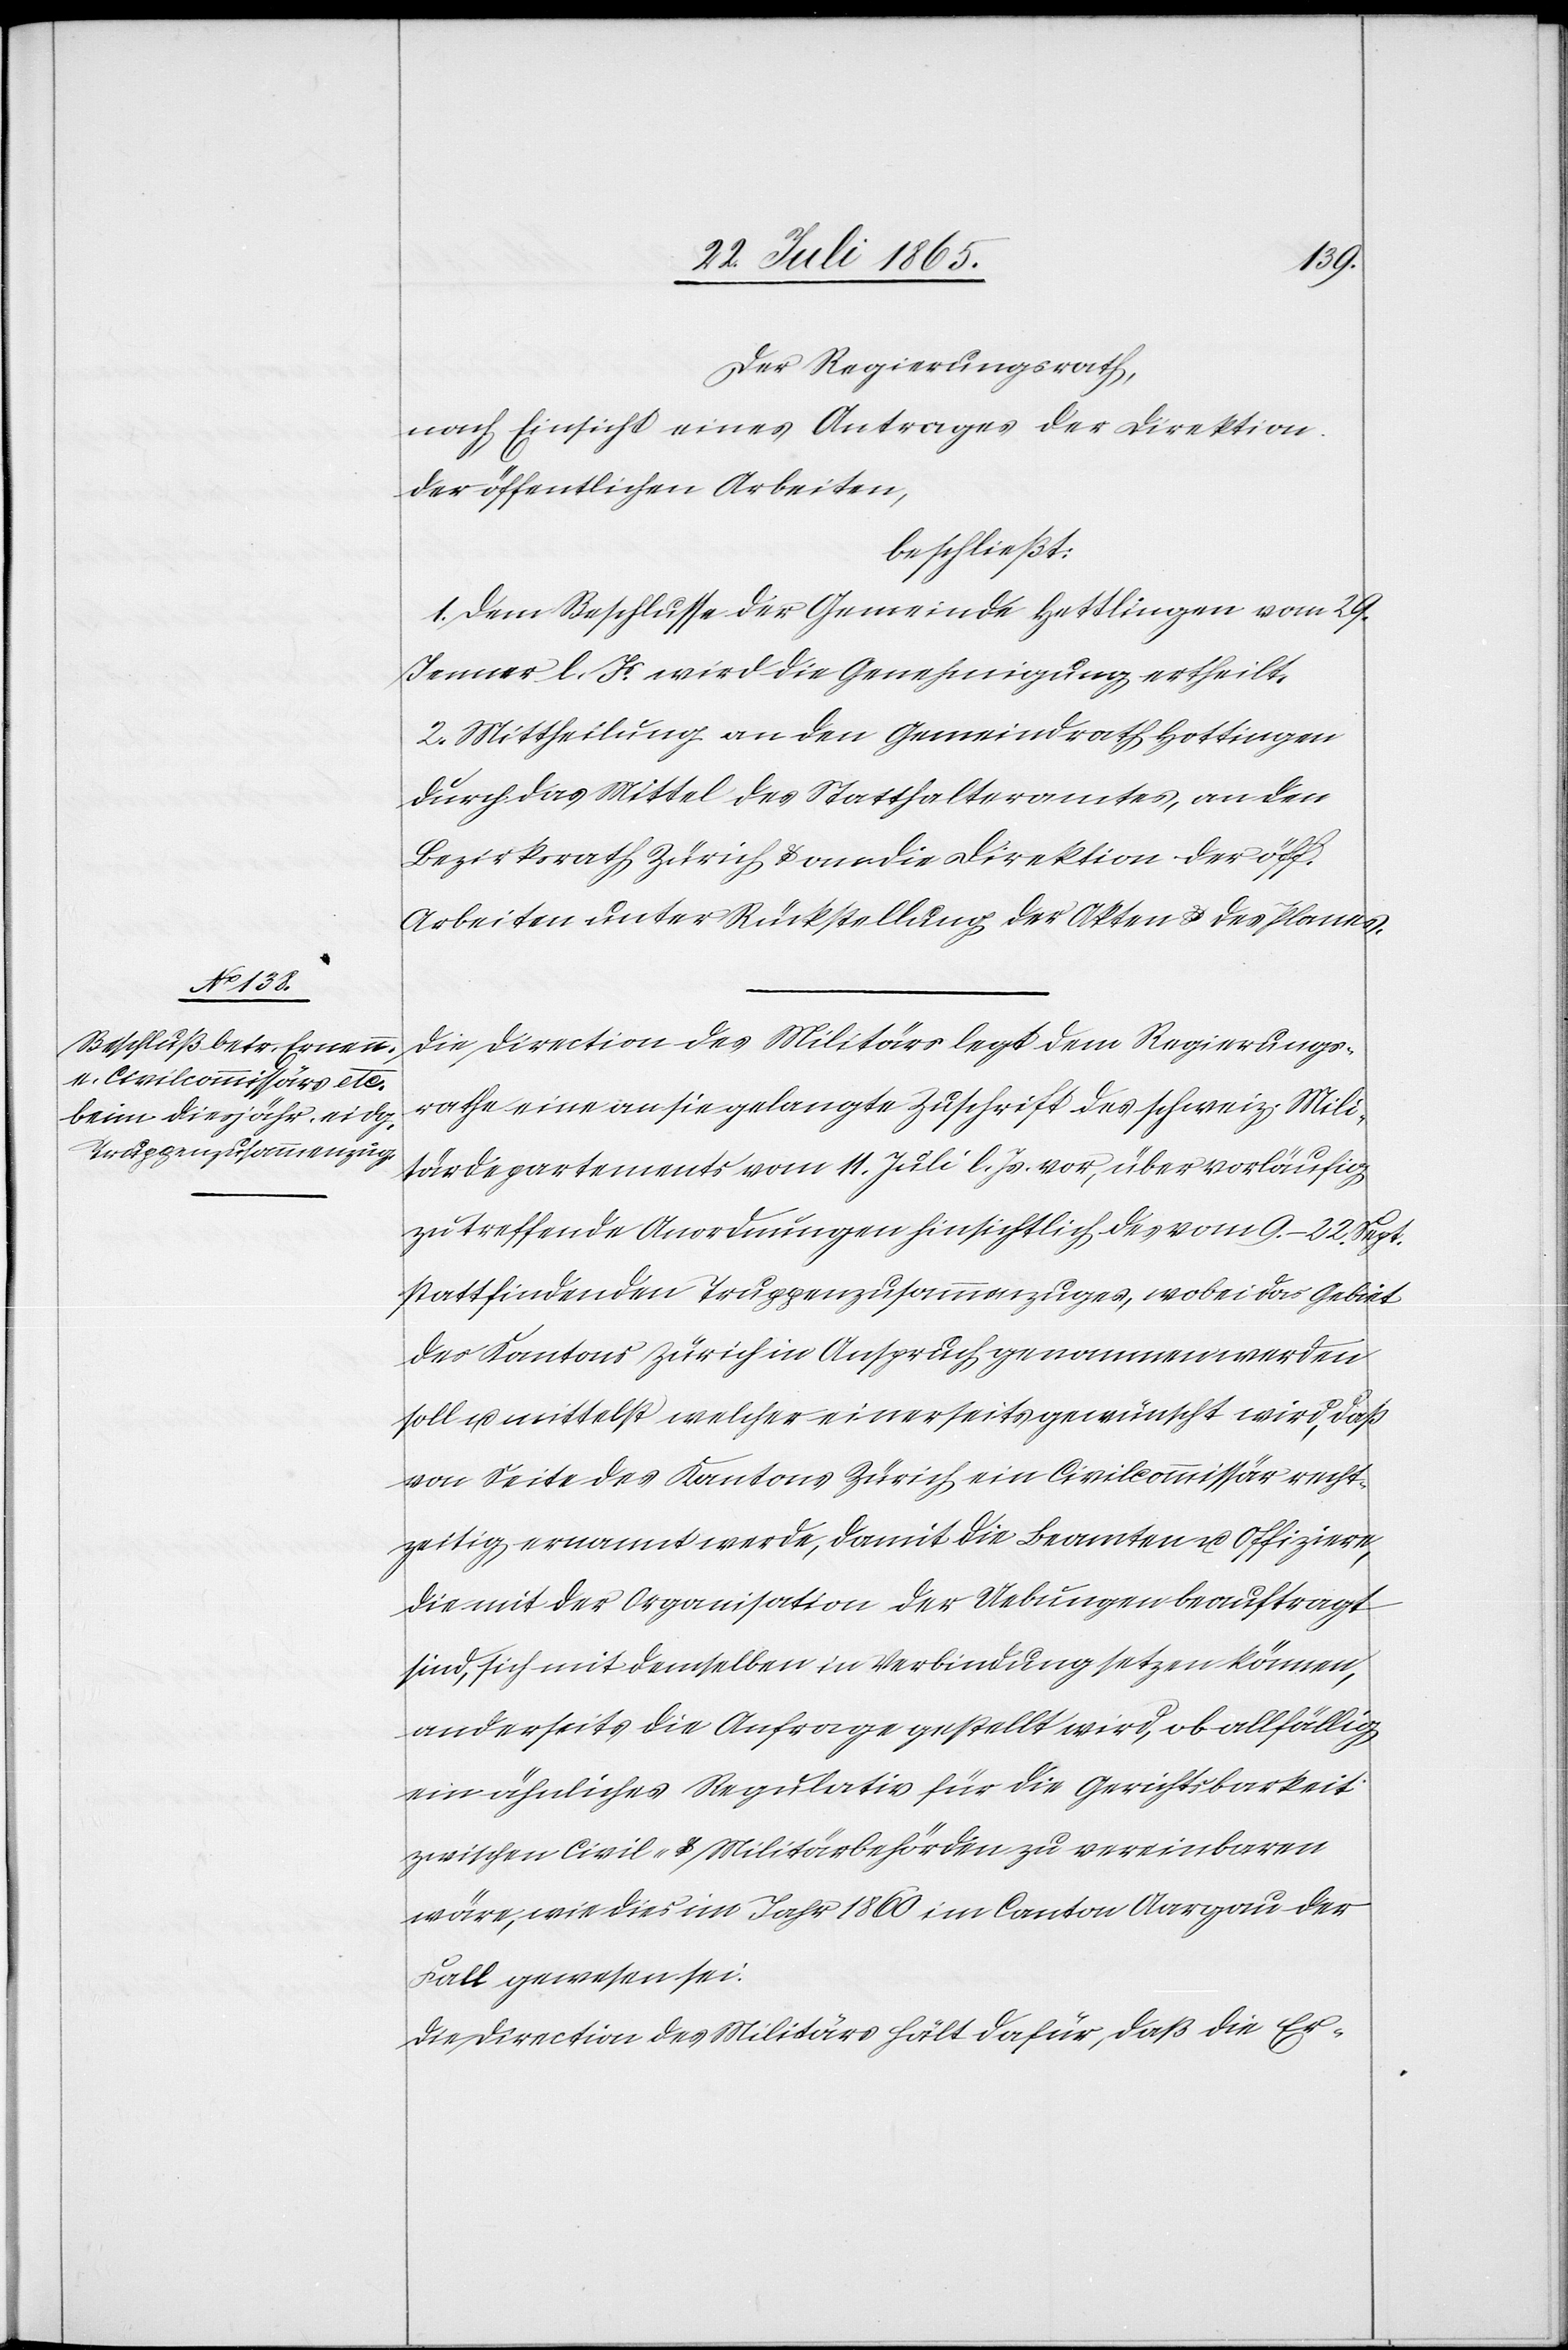
Der Regierungsrath,
nach Einsicht eines Antrages der Direktion
der öffentlichen Arbeiten,
beschließt:
1. Dem Beschlusse der Gemeinde Hettlingen [sic!] vom 29.
Jenner l. Js. wird die Genehmigung ertheilt.
2. Mittheilung an den Gemeindrath Hottingen
durch das Mittel des Statthalteramtes, an den
Bezirksrath Zürich u. an die Direktion der öff.
Arbeiten unter Rückstellung der Akten u. des Planes.
Die Direction des Militärs legt dem Regierungs¬
rathe eine an sie gelangte Zuschrift des schweiz. Mili¬
tärdepartements vom 11. Juli l. Js. vor, über vorläufig
zu treffende Anordnungen hinsichtlich des vom 9.–22. Sept.
stattfindenden Truppenzusammenzuges, wobei das Gebiet
des Kantons Zürich in Anspruch genommen werden
soll u. mittelst welcher einerseits gewünscht wird, daß
von Seite des Kantons Zürich ein Civilcommissär recht¬
zeitig ernannt werde, damit die Beamten u. Offiziere,
die mit der Organisation der Uebungen beauftragt
sind, sich mit demselben in Verbindung setzen können,
anderseits die Anfrage gestellt wird, ob allfällig
ein ähnliches Regulativ für die Gerichtsbarkeit
zwischen Civil- u. Militärbehörden zu vereinbaren
wäre, wie dies im Jahr 1860 im Canton Aargau der
Fall gewesen sei.
Die Direction des Militärs hält dafür, daß die Er-